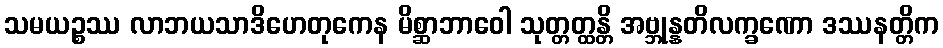
သမယဉ္စဿ လာဘယသာဒိဟေတုကေန မိစ္ဆာဘာဝေါ သုတ္တတ္ထန္တိ အဗ္ဘုန္နတိလက္ခဏော ဒဿနတ္တိက